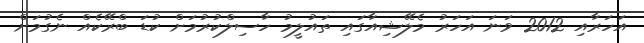
އަހަރާއި 2012 ވަނަ އަހަރު މެލޭޝިއާގައި ތައުލީމު ހާސިލްކުރުމަށް ކުޑަ ބްރޭކެއް ނެގުމަށް